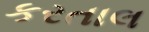
કરતાલ